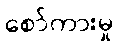
စော်ကားမှု